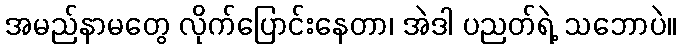
အမည်နာမတွေ လိုက်ပြောင်းနေတာ၊ အဲဒါ ပညတ်ရဲ့ သဘောပဲ။